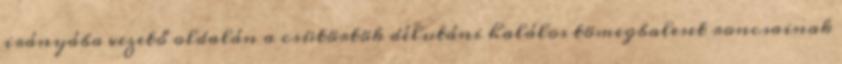
irányába vezető oldalán a csütörtök délutáni halálos tömegbaleset roncsainak